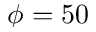
\phi = 5 0